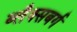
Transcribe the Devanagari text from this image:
ब्लैक्सबर्ग